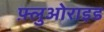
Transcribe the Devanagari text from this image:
फ़्लुओराइड